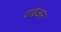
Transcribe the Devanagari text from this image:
टाइअर